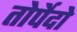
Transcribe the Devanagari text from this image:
तोर्पेदो